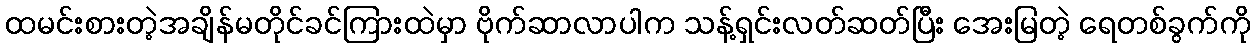
ထမင်းစားတဲ့အချိန်မတိုင်ခင်ကြားထဲမှာ ဗိုက်ဆာလာပါက သန့်ရှင်းလတ်ဆတ်ပြီး အေးမြတဲ့ ရေတစ်ခွက်ကို